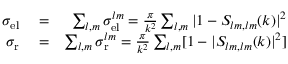
\begin{array} { r l r } { \sigma _ { \mathrm { e l } } } & { { } = } & { \sum _ { l , m } \sigma _ { \mathrm { e l } } ^ { l m } = \frac { \pi } { k ^ { 2 } } \sum _ { l , m } | 1 - S _ { l m , l m } ( k ) | ^ { 2 } } \\ { \sigma _ { \mathrm { r } } } & { { } = } & { \sum _ { l , m } \sigma _ { \mathrm { r } } ^ { l m } = \frac { \pi } { k ^ { 2 } } \sum _ { l , m } [ 1 - | S _ { l m , l m } ( k ) | ^ { 2 } ] } \end{array}